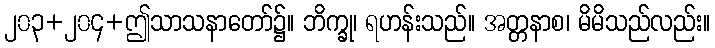
၂၀၃+၂၀၄+ဤသာသနာတော်၌။ ဘိက္ခု၊ ရဟန်းသည်။ အတ္တနာစ၊ မိမိသည်လည်း။